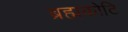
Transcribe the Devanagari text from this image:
ब्रह्मकोटि